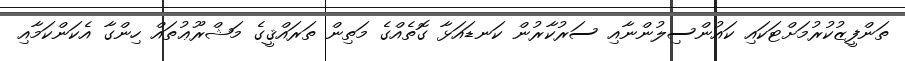
ތަންފީޒުކުރުމަށްޓަކައި ކައުންސިލުންނާއި ސަރުކާރުން ކަނޑައަޅާ ގޮތެއްގެ މަތިން ތަރައްޤީގެ މަޝްރޫޢުތައް ހިންގާ އެކަންކަމާއި